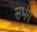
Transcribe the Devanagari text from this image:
सभंग